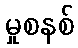
မှုစနစ်